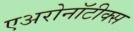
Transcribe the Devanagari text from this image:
एअरोनॉटीक्स